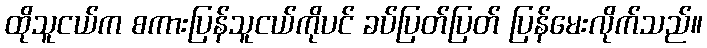
ထိုသူငယ်က စကားပြန်သူငယ်ကိုပင် ခပ်ပြတ်ပြတ် ပြန်မေးလိုက်သည်။